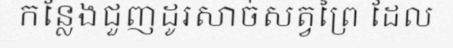
កន្លែងជួញដូរសាច់សត្វព្រៃ ដែល